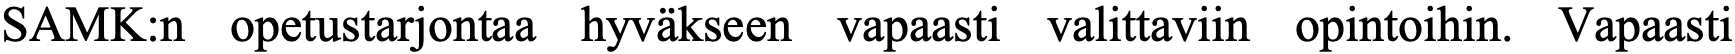
SAMK:n  opetustarjontaa hyväkseen vapaasti valittaviin opintoihin. Vapaasti